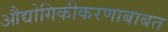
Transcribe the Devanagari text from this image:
औद्योगिकीकरणाबाबत